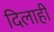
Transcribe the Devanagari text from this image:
दिलाही